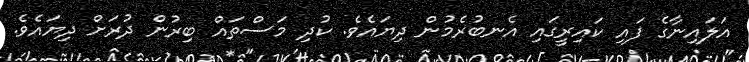
އަލައިނާގެ ފައި ކައިރީގައި އެނބުރެމުން ދިޔައެވެ. ކުދި މަސްތައް ބިރުން ދުރަށް ދިޔައެވެ.